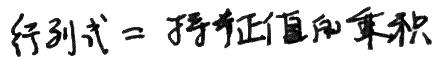
行列式 = 所有特征值的乘积